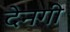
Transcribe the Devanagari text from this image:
देनगी